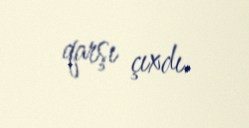
qarşı çıxdı.